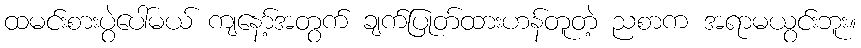
ထမင်းစားပွဲပေါ်မယ် ကျနော့်အတွက် ချက်ပြုတ်ထားဟန်တူတဲ့ ညစာက အရာမယွင်းဘူး။